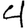
Digit: 4